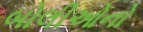
બોલીઓનો